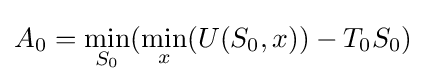
A_{0}={\underset {S_{0}}{\mathrm {min} }}({\underset {x}{\mathrm {min} }}(U(S_{0},x))-T_{0}S_{0})